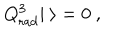
LaTeX: Q _ { \mathrm { r a d } } ^ { 3 } | \ \rangle = 0 \ ,